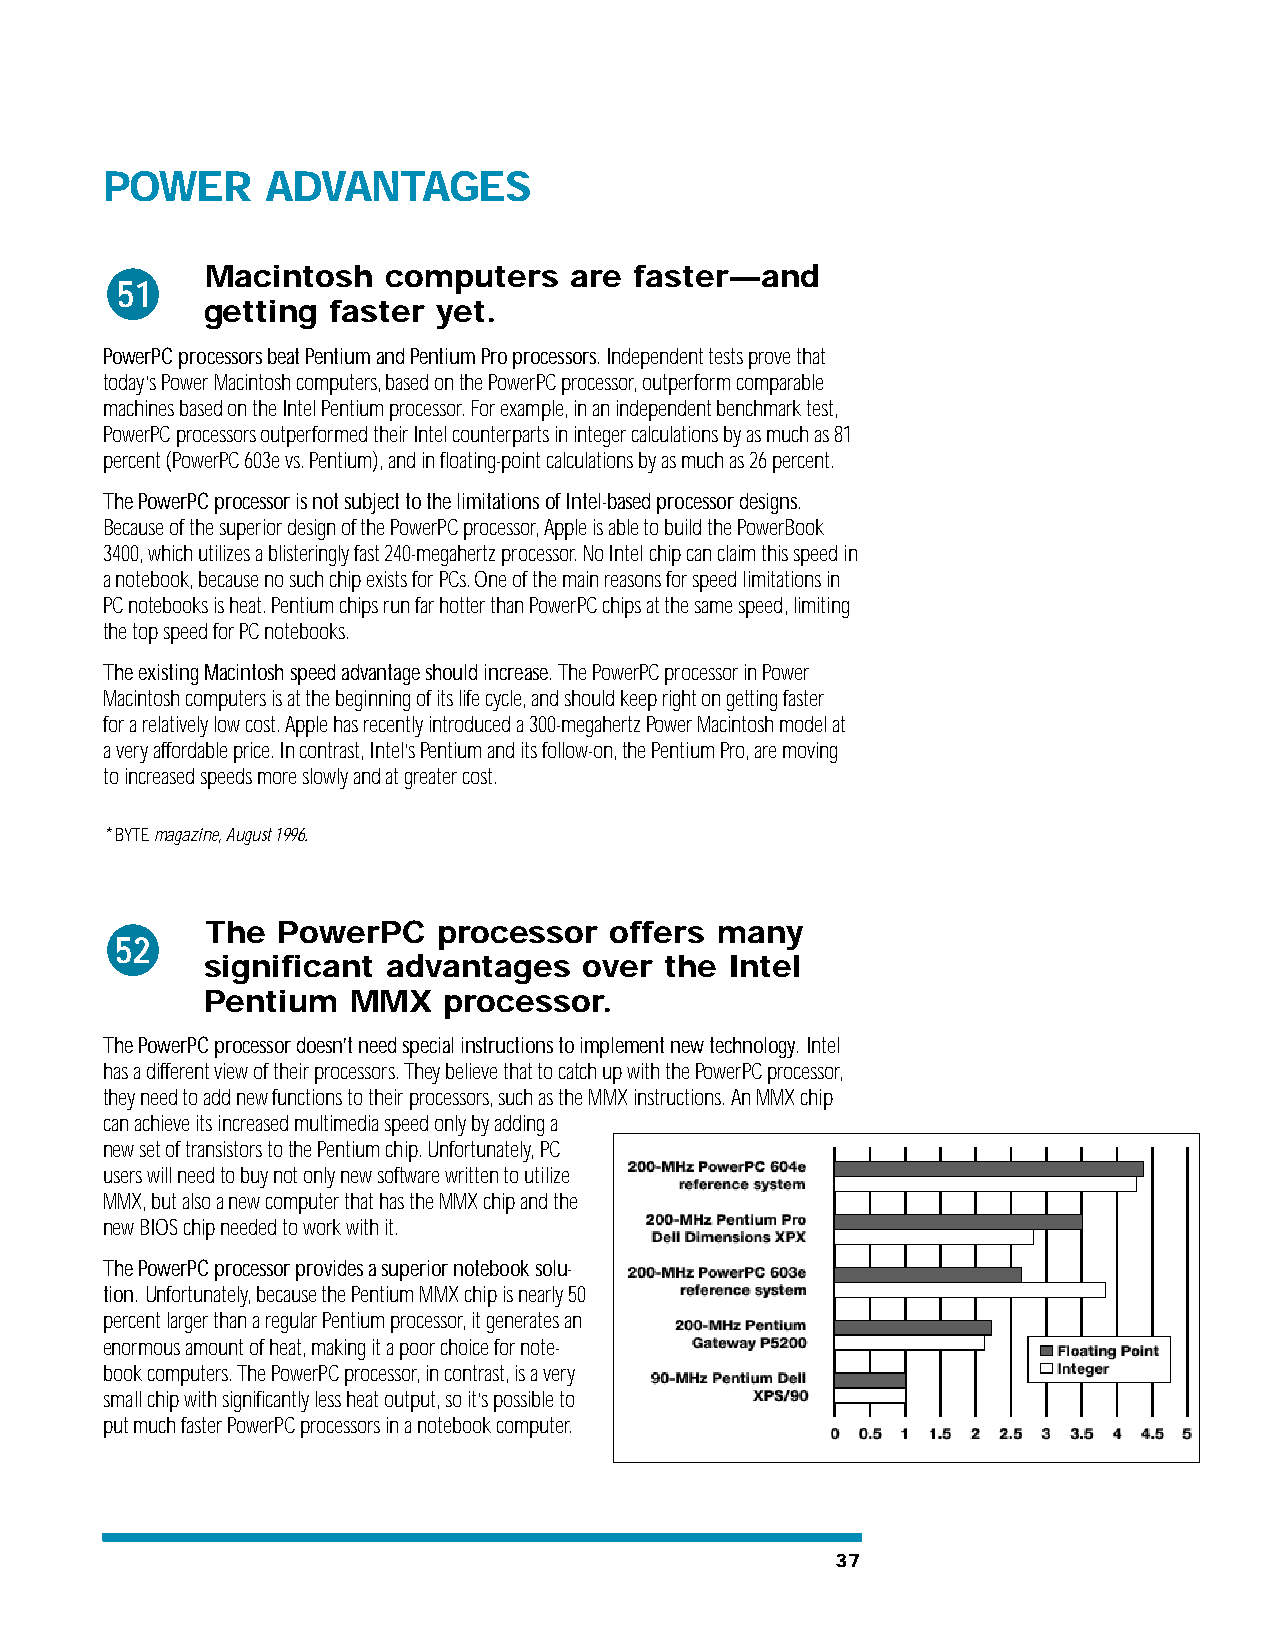
POWER      ADVANTAGES
 Macintosh   computers   are faster—and
 51
 getting  faster yet.
 PowerPC processors beat Pentium and Pentium Pro processors. Independent tests prove that
 today’s Power Macintosh computers, based on the PowerPC processor, outperform comparable
 machines based on the Intel Pentium processor. For example, in an independent benchmark test,
 PowerPC processors outperformed their Intel counterparts in integer calculations by as much as 81
 percent (PowerPC 603e vs. Pentium), and in floating-point calculations by as much as 26 percent.
 The PowerPC processor is not subject to the limitations of Intel-based processor designs.
 Because of the superior design of the PowerPC processor, Apple is able to build the PowerBook
 3400, which utilizes a blisteringly fast 240-megahertz processor. No Intel chip can claim this speed in
 a notebook, because no such chip exists for PCs. One of the main reasons for speed limitations in
 PC notebooks is heat. Pentium chips run far hotter than PowerPC chips at the same speed, limiting
 the top speed for PC notebooks.
 The existing Macintosh speed advantage should increase. The PowerPC processor in Power
 Macintosh computers is at the beginning of its life cycle, and should keep right on getting faster
 for a relatively low cost. Apple has recently introduced a 300-megahertz Power Macintosh model at
 a very affordable price. In contrast, Intel’s Pentium and its follow-on, the Pentium Pro, are moving
 to increased speeds more slowly and at greater cost.
 * BYTE magazine, August 1996.
 The PowerPC    processor  offers many
 52
 significant  advantages   over the Intel
 Pentium   MMX   processor.
 The PowerPC processor doesn’t need special instructions to implement new technology. Intel
 has a different view of their processors. They believe that to catch up with the PowerPC processor,
 they need to add new functions to their processors, such as the MMX instructions. An MMX chip
 can achieve its increased multimedia speed only by adding a
 new set of transistors to the Pentium chip. Unfortunately, PC
 users will need to buy not only new software written to utilize
 MMX, but also a new computer that has the MMX chip and the
 new BIOS chip needed to work with it.
 The PowerPC processor provides a superior notebook solu-
 tion. Unfortunately, because the Pentium MMX chip is nearly 50
 percent larger than a regular Pentium processor, it generates an
 enormous amount of heat, making it a poor choice for note-
 book computers. The PowerPC processor, in contrast, is a very
 small chip with significantly less heat output, so it’s possible to
 put much faster PowerPC processors in a notebook computer.
 37